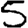
Digit: 5